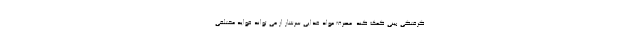
گرفتگی بینی کمک کند. مصرف مواد غذایی سرشار از می تواند فواید مختلفی